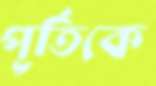
পূর্তিকে